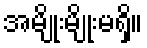
အမျိုးမျိုးမရှိ။